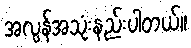
အလွန်အသုံးနည်းပါတယ်။